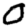
Digit: 0